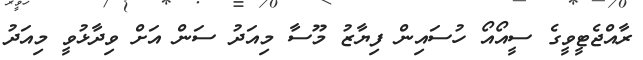
ރާއްޖެޓީވީގެ ސީއޯއޯ ހުސައިން ފިޔާޒު މޫސާ މިއަދު ސަން އަށް ވިދާޅުވީ މިއަދު